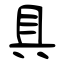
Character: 具